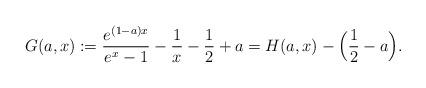
LaTeX: \begin{align*}G (a,x) := \frac{e^{(1-a)x}}{e^x-1} - \frac{1}{x} - \frac{1}{2}+a = H(a,x) - \Bigl( \frac{1}{2}-a \Bigr).\end{align*}